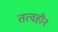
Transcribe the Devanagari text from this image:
तत्वहीन